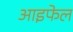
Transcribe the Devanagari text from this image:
आइफेल